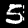
Label: 5